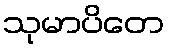
သုမာပိတေ